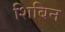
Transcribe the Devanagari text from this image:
शिबिन